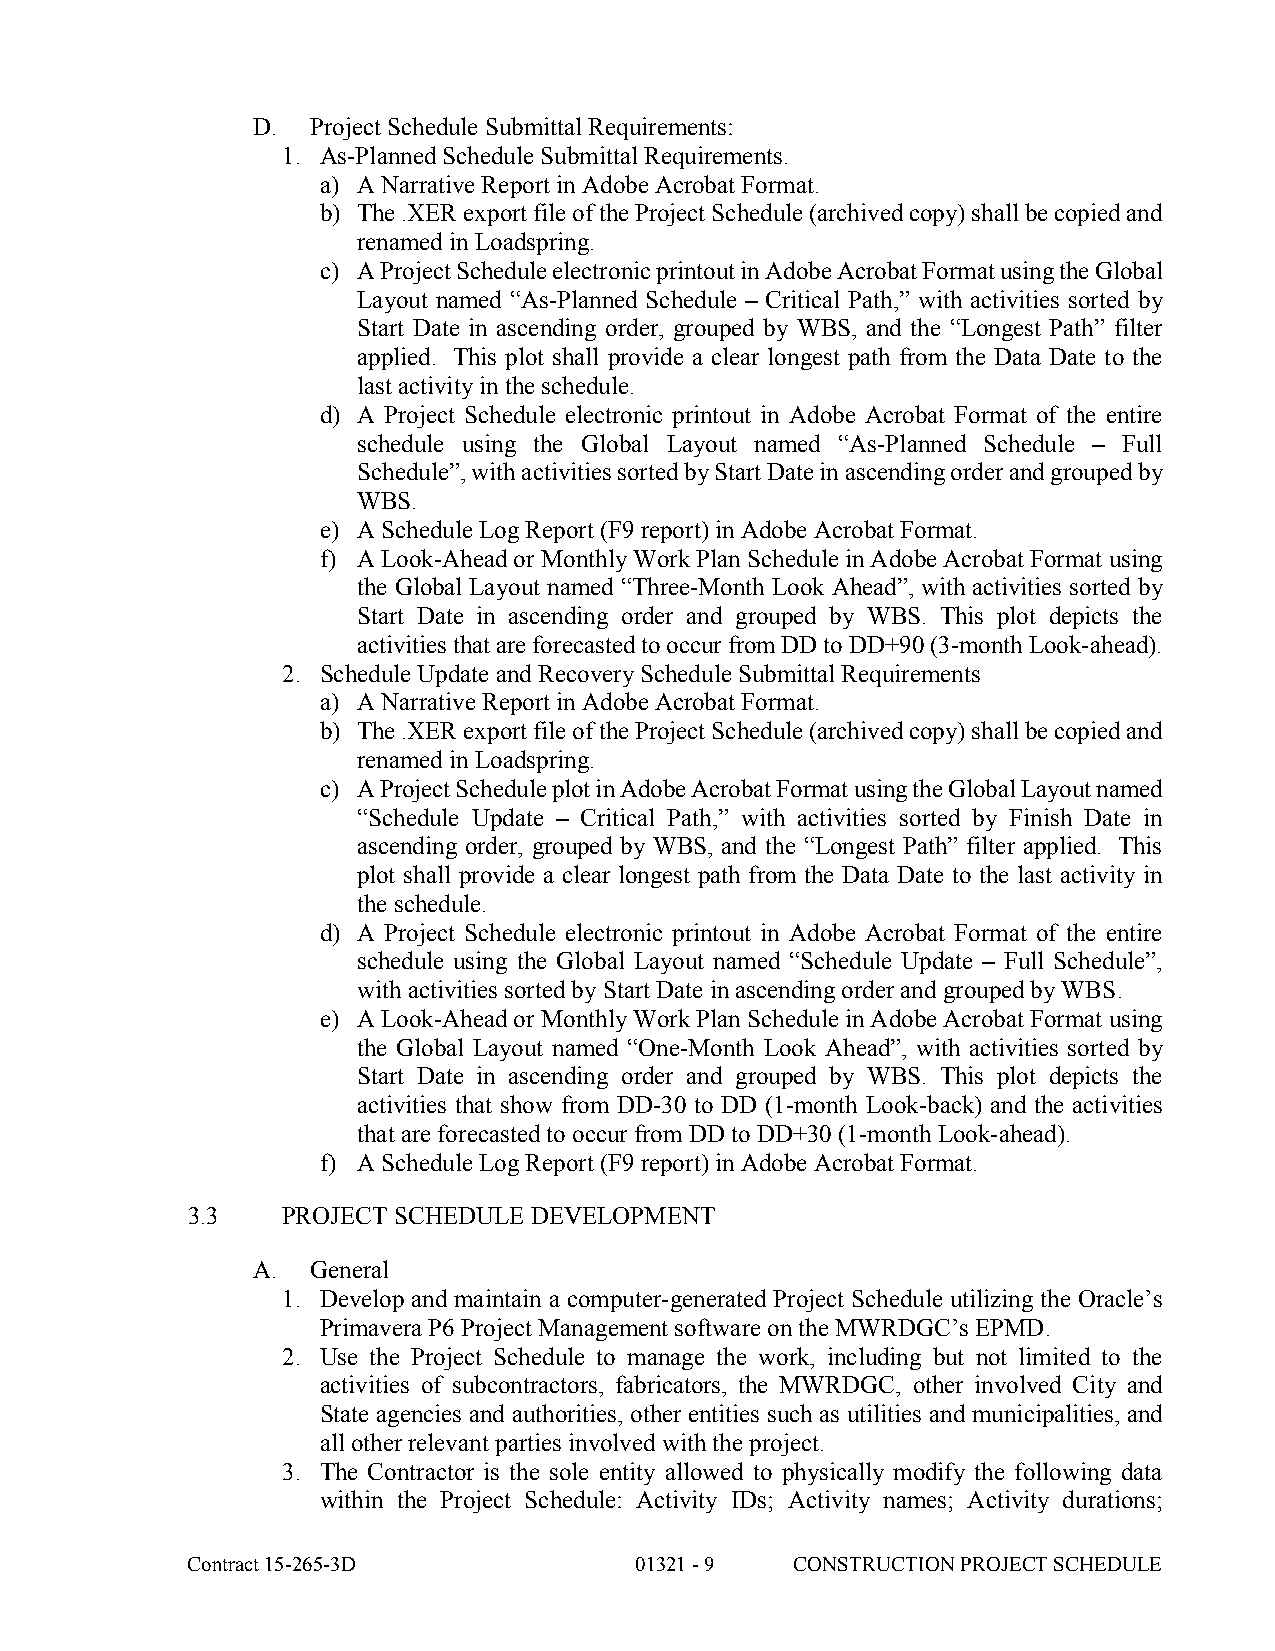
D.  Project Schedule Submittal Requirements:
 1. As-Planned Schedule Submittal Requirements.
 a) A Narrative Report in Adobe Acrobat Format.
 b) The .XER export file of the Project Schedule (archived copy) shall be copied and
 renamed in Loadspring.
 c) A Project Schedule electronic printout in Adobe Acrobat Format using the Global
 Layout named “As-Planned Schedule – Critical Path,” with activities sorted by
 Start Date in ascending order, grouped by WBS, and the “Longest Path” filter
 applied. This plot shall provide a clear longest path from the Data Date to the
 last activity in the schedule.
 d) A Project Schedule electronic printout in Adobe Acrobat Format of the entire
 schedule using the Global Layout named “As-Planned Schedule – Full
 Schedule”, with activities sorted by Start Date in ascending order and grouped by
 WBS.
 e) A Schedule Log Report (F9 report) in Adobe Acrobat Format.
 f) A Look-Ahead or Monthly Work Plan Schedule in Adobe Acrobat Format using
 the Global Layout named “Three-Month Look Ahead”, with activities sorted by
 Start Date in ascending order and grouped by WBS. This plot depicts the
 activities that are forecasted to occur from DD to DD+90 (3-month Look-ahead).
 2. Schedule Update and Recovery Schedule Submittal Requirements
 a) A Narrative Report in Adobe Acrobat Format.
 b) The .XER export file of the Project Schedule (archived copy) shall be copied and
 renamed in Loadspring.
 c) A Project Schedule plot in Adobe Acrobat Format using the Global Layout named
 “Schedule Update – Critical Path,” with activities sorted by Finish Date in
 ascending order, grouped by WBS, and the “Longest Path” filter applied. This
 plot shall provide a clear longest path from the Data Date to the last activity in
 the schedule.
 d) A Project Schedule electronic printout in Adobe Acrobat Format of the entire
 schedule using the Global Layout named “Schedule Update – Full Schedule”,
 with activities sorted by Start Date in ascending order and grouped by WBS.
 e) A Look-Ahead or Monthly Work Plan Schedule in Adobe Acrobat Format using
 the Global Layout named “One-Month Look Ahead”, with activities sorted by
 Start Date in ascending order and grouped by WBS. This plot depicts the
 activities that show from DD-30 to DD (1-month Look-back) and the activities
 that are forecasted to occur from DD to DD+30 (1-month Look-ahead).
 f) A Schedule Log Report (F9 report) in Adobe Acrobat Format.
 3.3    PROJECT SCHEDULE DEVELOPMENT
 A.  General
 1. Develop and maintain a computer-generated Project Schedule utilizing the Oracle’s
 Primavera P6 Project Management software on the MWRDGC’s EPMD.
 2. Use the Project Schedule to manage the work, including but not limited to the
 activities of subcontractors, fabricators, the MWRDGC, other involved City and
 State agencies and authorities, other entities such as utilities and municipalities, and
 all other relevant parties involved with the project.
 3. The Contractor is the sole entity allowed to physically modify the following data
 within the Project Schedule: Activity IDs; Activity names; Activity durations;
 Contract 15-265-3D            01321 - 9  CONSTRUCTION PROJECT SCHEDULE